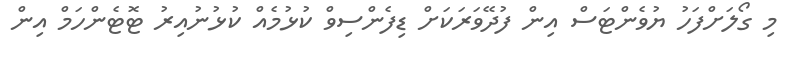
މި ގޯލަށްފަހު ޔުވެންޓަސް އިން ފުދޭވަރަކަށް ޑިފެންސިވް ކުޅުމެއް ކުޅުނުއިރު ޓޮޓެންހަމް އިން